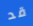
قد